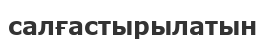
салғастырылатын